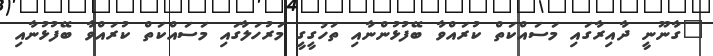
"ގާނޫނީ ދާއިރާގައި މަސައްކަތް ކުރައްވާ ބޭފުޅުންނާއި ތަހުގީގީ މަރުހަލާގައި މަސައްކަތް ކުރައްވާ ބޭފުޅުނާއި